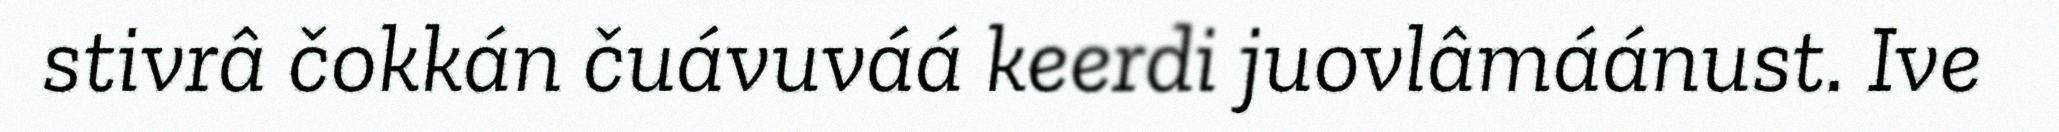
stivrâ čokkán čuávuváá keerdi juovlâmáánust. Ive